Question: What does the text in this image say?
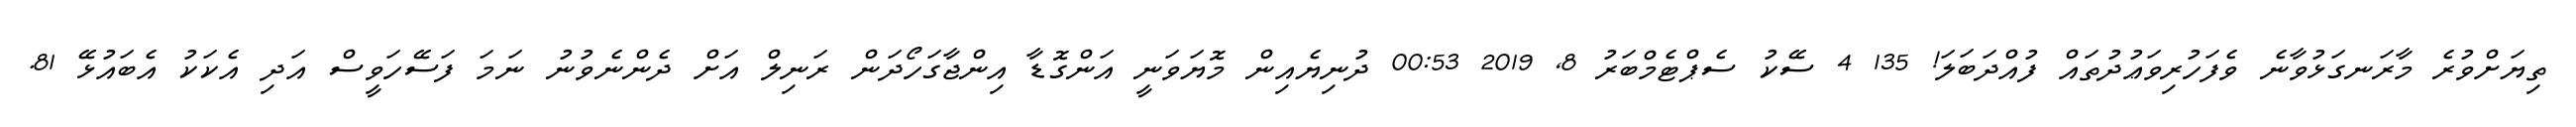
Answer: ތިޔަށްވުރެ މާރަނގަޅުވާނެ ވެފަހުރިވަޢުދުތައް ފުއްދަބަލަ! 135 4 ސޭކު ސެޕްޓެމްބަރު 8, 2019 00:53 ދުނިޔެއިން މޮޔަވަނީ އަންގޮޑާ އިންޖާގަހޯދަން ރަނިލް އަށް ދެންނެވުނު ނަމަ ފަސޭހަވީސް އަދި އެކަކު އެބައުޅޭ 81.